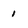
Character: 1